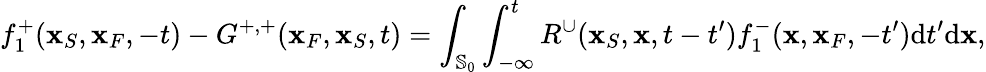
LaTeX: f_{1}^{+}({\mathbf x}_{S},{\mathbf x}_{F},-t)-G^{+,+}({\mathbf x}_{F},{\mathbf x}_{S},t)=\int_{{\mathbb{S}_{0}}}\int_{-\infty}^{t}R^{\cup}({\mathbf x}_{S},{\mathbf x},t-t^{\prime})f_{1}^{-}({\mathbf x},{\mathbf x}_{F},-t^{\prime})\mathrm{d}t^{\prime}\mathrm{d}{\mathbf x},